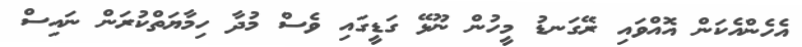
އެހެންއެކަން އޮއްވައި ރޭގަނޑު މީހުން ނޫޅޭ ގަޑީގައި ވެސް މުދާ ހިމާޔަތްކުރަން ނައިސް